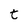
Character: t